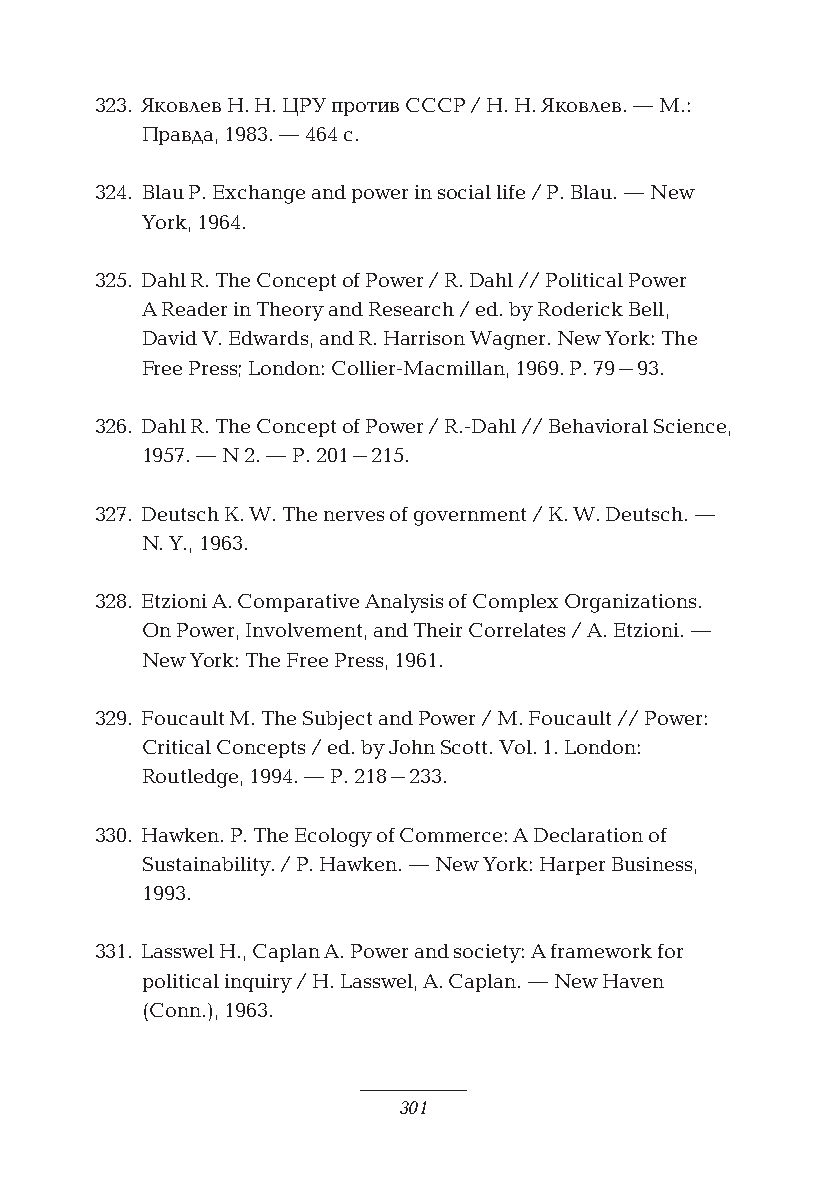
323. Яковлев Н. Н. ЦРУ против СССР / Н. Н. Яковлев. — М.:
 Правда, 1983. — 464 с.
 324. Blau P. Exchange and power in social life / P. Blau. — New
 York, 1964.
 325. Dahl R. The Concept of Power / R. Dahl // Political Power
 A Reader in Theory and Research / ed. by Roderick Bell,
 David V. Edwards, and R. Harrison Wagner. New York: The
 Free Press; London: Collier-Macmillan, 1969. P. 79–93.
 326. Dahl R. The Concept of Power / R.-Dahl // Behavioral Science,
 1957. — N 2. — P. 201–215.
 327. Deutsch K. W. The nerves of government / K. W. Deutsch. —
 N. Y., 1963.
 328. Etzioni A. Comparative Analysis of Complex Organizations.
 On Power, Involvement, and Their Correlates / А. Etzioni. —
 New York: The Free Press, 1961.
 329. Foucault M. The Subject and Power / M. Foucault // Power:
 Critical Concepts / ed. by John Scott. Vol. 1. London:
 Routledge, 1994. — P. 218–233.
 330. Hawken. P. The Ecology of Commerce: A Declaration of
 Sustainability. / P. Hawken. — New York: Harper Business,
 1993.
 331. Lasswel H., Caplan A. Power and society: A framework for
 political inquiry / H. Lasswel, A. Caplan. — New Haven
 (Conn.), 1963.
 301